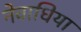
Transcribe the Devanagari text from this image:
नेवाधिया